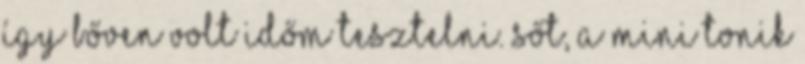
így bőven volt időm tesztelni. Sőt, a mini tonik